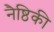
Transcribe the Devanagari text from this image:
नैष्ठिकी